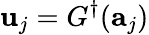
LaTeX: \mathbf{u}_{j}=G^{\dagger}(\mathbf{a}_{j})